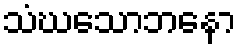
သံဃသောဘနော